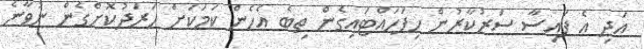
އަދި އެ ފައިސާ ސަރުކާރުން ހިފަހައްޓައިގެން ތިބެ އެހެން ކަމަކަށް ހަރަދުކޮށްގެން ނުވާނެ